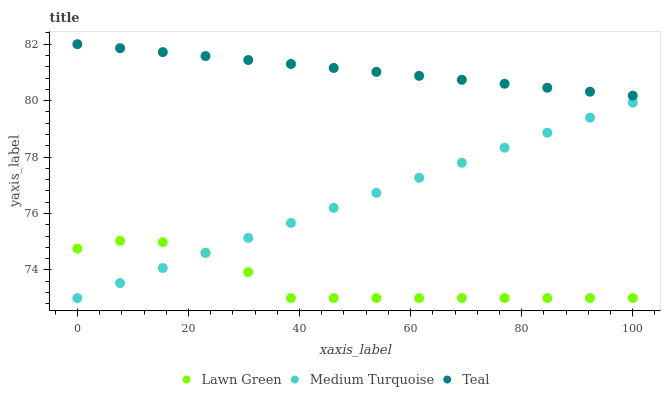
| xaxis_label | Lawn Green | Medium Turquoise | Teal |
 | --- | --- | --- | --- |
 | 0 | 74.8 | 73 | 82 |
 | 7.69 | 75 | 73.5 | 81.9 |
 | 15.4 | 75 | 74.1 | 81.7 |
 | 23.1 | 74.6 | 74.6 | 81.6 |
 | 30.8 | 73.9 | 75.1 | 81.4 |
 | 38.5 | 73 | 75.7 | 81.3 |
 | 46.2 | 73 | 76.2 | 81.2 |
 | 53.8 | 73 | 76.7 | 81 |
 | 61.5 | 73 | 77.3 | 80.9 |
 | 69.2 | 73 | 77.8 | 80.7 |
 | 76.9 | 73 | 78.3 | 80.6 |
 | 84.6 | 73 | 78.9 | 80.5 |
 | 92.3 | 73 | 79.4 | 80.3 |
 | 100 | 73 | 79.9 | 80.2 |